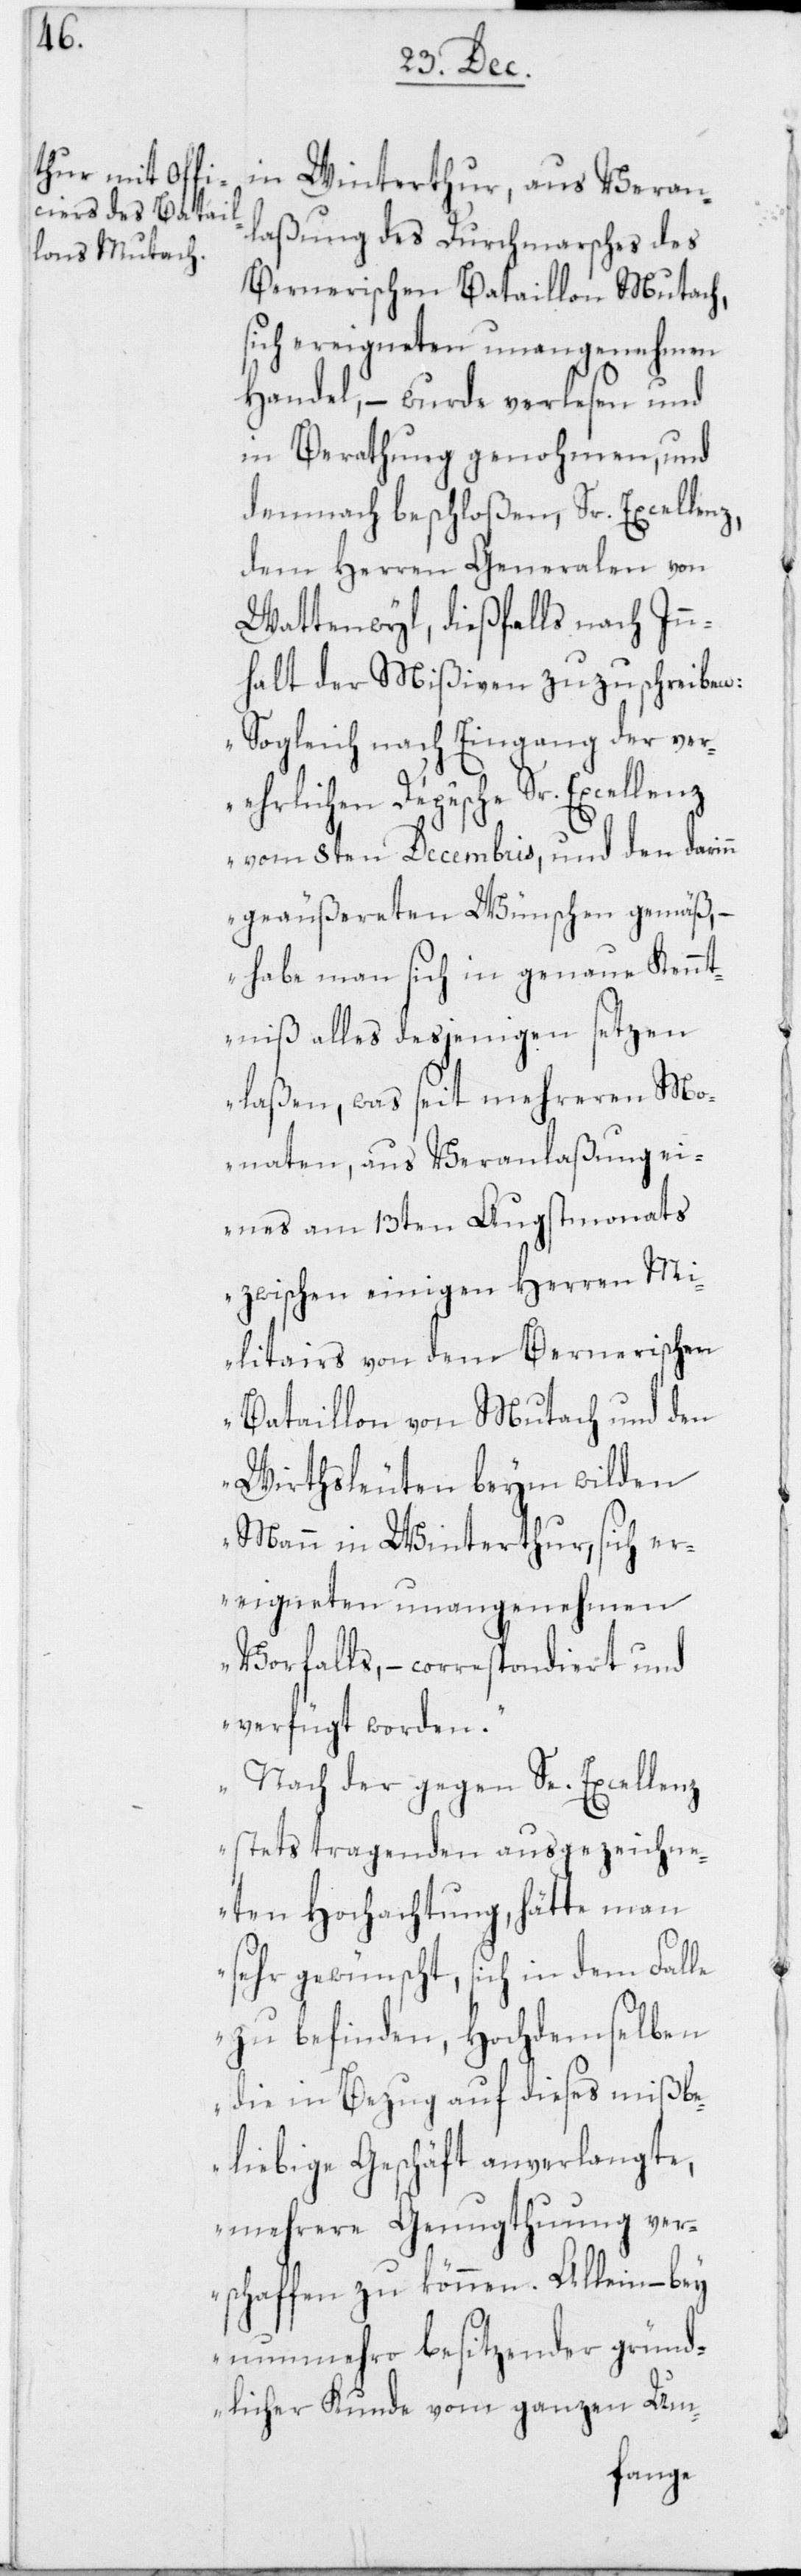
laßung des Durchmarsches des
Bernerischen Bataillon Mutach,
sich ereigneten unangenehmen
Handel, – wurde verlesen und
in Berathung genohmen, und
demnach beschloßen, Sr. Excellenz,
dem Herren Generalen von
Wattenwyl, dießfalls nach Inn¬
halt der Mißiven zuzuschreiben:
„Sogleich nach Eingang der ver¬
ehrlichen Dépêche
vom 8ten Decembris, und den darinn
geäußereten Wünschen gemäß, –
habe man sich in genaue Kennt¬
niß alles desjenigen setzen
laßen, was seit mehreren Mo¬
naten, aus Veranlaßung ei¬
nes am 13ten Augstmonats
zwischen einigen Herren Mi¬
litairs von dem Bernerischen
Bataillon von Mutach und den
Wirthsleuten beym wilden
Mann in Winterthur, sich er¬
eigneten unangenehmen
Vorfalls, – correspondiert und
verfügt worden.
Nach der gegen Se. Excellenz
stets tragenden ausgezeichne¬
ten Hochachtung, hätte man
sehr gewünscht, sich in dem Falle
zu befinden, Hochdemselben
die in Bezug auf dieses mißbe¬
liebige Geschäft anverlangte,
mehrere Genugthuung ver¬
schaffen zu können. Allein – bey
nunmehro besitzender gründ¬
licher Kunde vom ganzen Um-
an¬